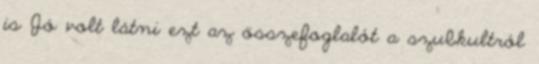
is Jó volt látni ezt az összefoglalót a szubkultról